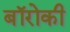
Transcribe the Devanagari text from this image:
बॉरोकी